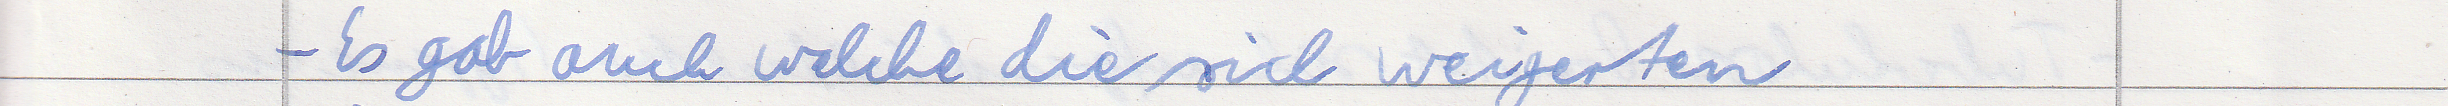
- Es gab auch welche die sich weigerten